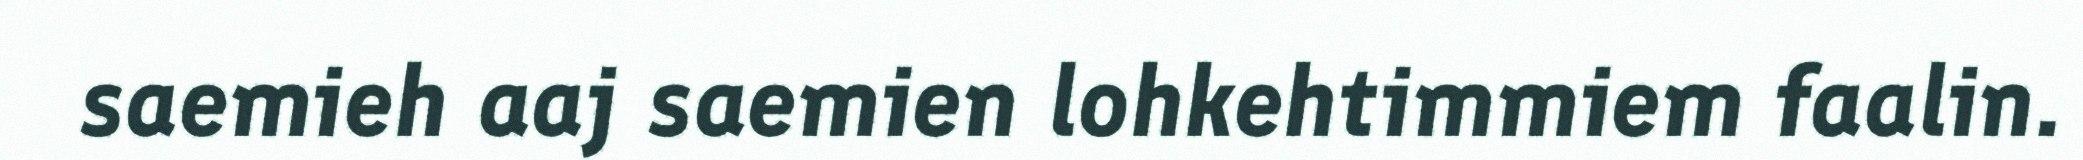
saemieh aaj saemien lohkehtimmiem faalin.